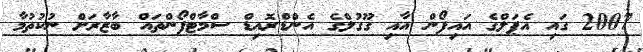
2007 ގައި އެޕަލްގެ އައިފޯން އާއި ގޫގުލްގެ އެންޑްރޮއިޑް ސްމާޓްފޯންތައް ބާޒާރަށް ނުކުތުމާ